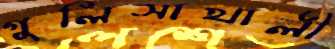
গুলিসাখালী